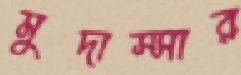
মুদাস্সার